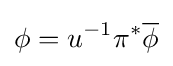
\phi =u^{-1}\pi ^{*}{\overline {\phi }}